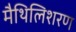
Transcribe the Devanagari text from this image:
मैथिलिशरण